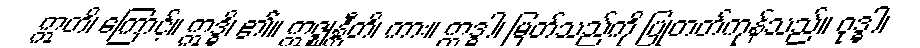
ဣတိ၊ ကြောင့်။ ဣဒ္ဓိ၊ ၏။ ဣဇ္ဈန္တီတိ၊ ကား။ ဣဒ္ဓါ၊ မြတ်သည်ကို ပြုတတ်ကုန်သည်။ ဝုဒ္ဓါ၊